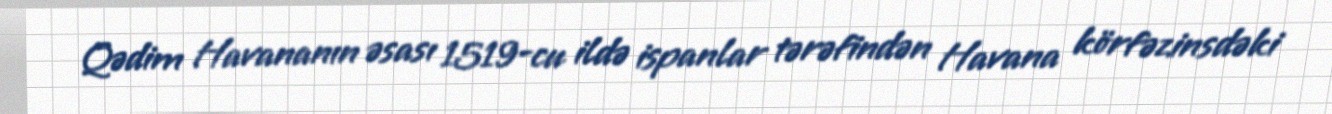
Qədim Havananın əsası 1519-cu ildə ispanlar tərəfindən Havana körfəzinsdəki